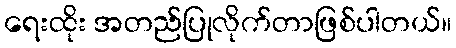
ရေးထိုး အတည်ပြုလိုက်တာဖြစ်ပါတယ်။